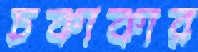
চকাকার